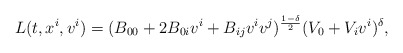
\begin{align*} L(t,x^i,v^i)=(B_{00}+2B_{0i}v^i+B_{ij}v^iv^j)^{\frac{1-\delta}{2}}(V_0+V_iv^i)^\delta,\end{align*}